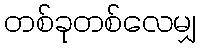
တစ်ခုတစ်လေမျှ